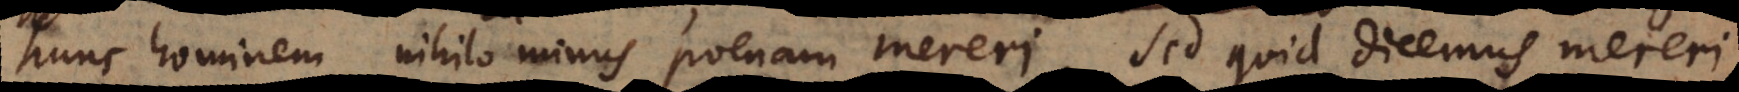
hunc hominem nihilo minus poenam mereri, sed quid dicemus mereri